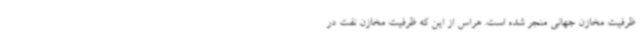
ظرفیت مخازن جهانی منجر شده است. هراس از این که ظرفیت مخازن نفت در